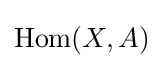
\mathrm {Hom} (X,A)